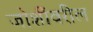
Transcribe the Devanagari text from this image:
जोशींवरील